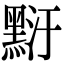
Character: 䵦